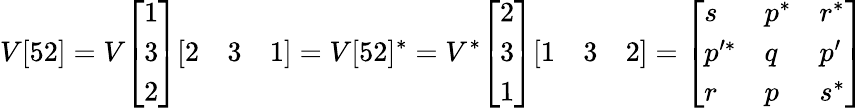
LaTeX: V[52]=V{\left[\begin{array}{l}{1}\\ {3}\\ {2}\end{array}\right]}{\left[\begin{array}{lll}{2}&{3}&{1}\end{array}\right]}=V[52]^{*}=V^{*}{\left[\begin{array}{l}{2}\\ {3}\\ {1}\end{array}\right]}{\left[\begin{array}{lll}{1}&{3}&{2}\end{array}\right]}={\left[\begin{array}{lll}{s}&{p^{*}}&{r^{*}}\\ {p^{\prime*}}&{q}&{p^{\prime}}\\ {r}&{p}&{s^{*}}\end{array}\right]}